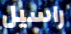
راسيل